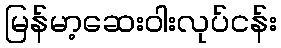
မြန်မာ့ဆေးဝါးလုပ်ငန်း